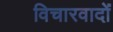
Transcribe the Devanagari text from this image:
विचारवादों